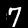
Digit: 7